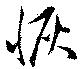
恢